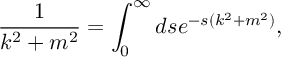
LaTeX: { \frac { 1 } { k ^ { 2 } + m ^ { 2 } } } = \int _ { 0 } ^ { \infty } d s e ^ { - s ( k ^ { 2 } + m ^ { 2 } ) } ,